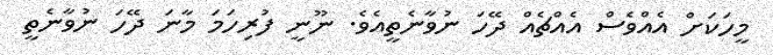
މީހަކަށް އެއްވެސް އެއްޗެއް ދޭހަ ނުވާނެތީއެވެ. ނޫނީ ފުރިހަމަ މާނަ ދޭހަ ނުވާނެތީ